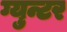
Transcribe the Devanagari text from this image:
ग्युन्टर